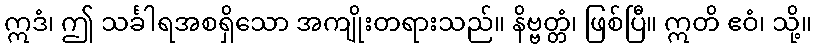
ဣဒံ၊ ဤ သင်္ခါရအစရှိသော အကျိုးတရားသည်။ နိဗ္ဗတ္တံ၊ ဖြစ်ပြီ။ ဣတိ ဧဝံ၊ သို့။